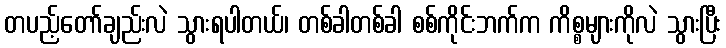
တပည့်တော်ချည်းလဲ သွားရပါတယ်၊ တစ်ခါတစ်ခါ စစ်ကိုင်းဘက်က ကိစ္စများကိုလဲ သွားပြီး